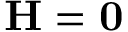
\mathbf { H } = \mathbf { 0 }